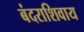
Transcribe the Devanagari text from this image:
बंदराशिवाय